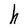
Character: h